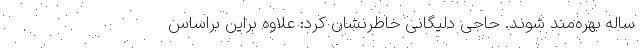
ساله بهر‌ه‌مند شوند. حاجی دلیگانی خاطرنشان کرد:‌ علاوه براین براساس